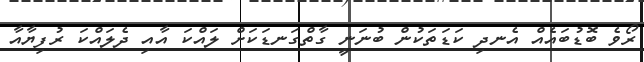
ރޯވެ ބޮޑުބައެއް އެނދި ކަޑަތަކުން ބުނަނީ ގާތްގަނޑަކަށް ލައްކަ އާއި ދެލައްކަ ރުފިިޔާއާ